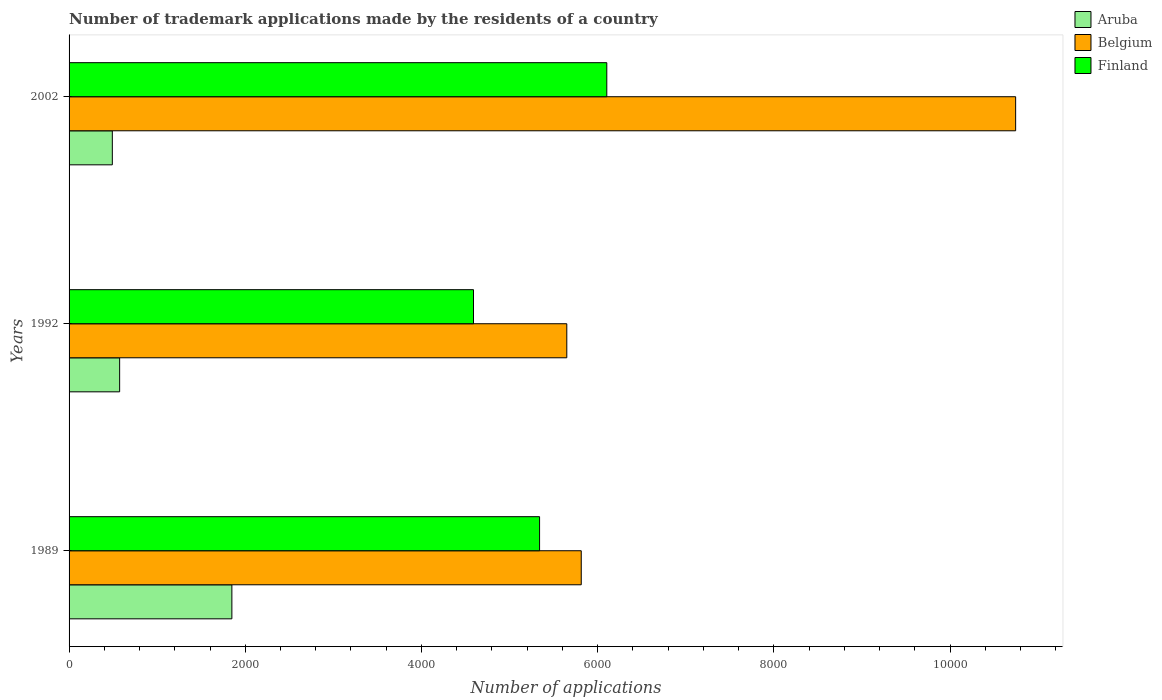
| Years | Aruba | Belgium | Finland |
 | --- | --- | --- | --- |
 | 1989 | 1.85e+03 | 5.81e+03 | 5.34e+03 |
 | 1992 | 574 | 5.65e+03 | 4.59e+03 |
 | 2002 | 491 | 1.07e+04 | 6.1e+03 |